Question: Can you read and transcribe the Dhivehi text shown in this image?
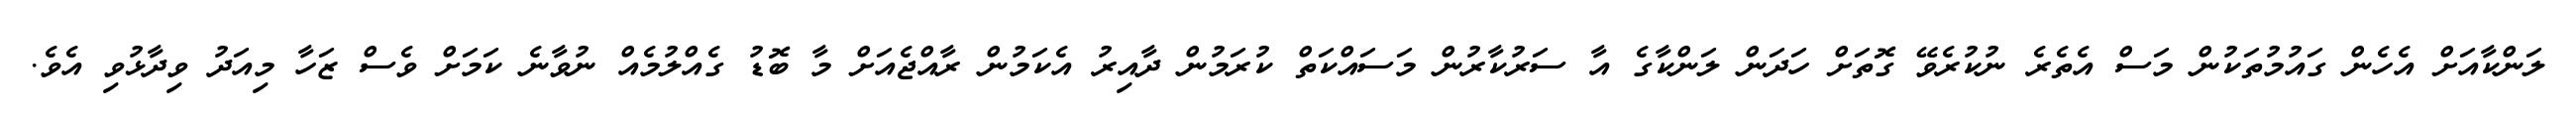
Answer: ލަންކާއަށް އެހެން ގައުމުތަކުން މަސް އެތެރެ ނުކުރެވޭ ގޮތަށް ހަދަން ލަންކާގެ އާ ސަރުކާރުން މަސައްކަތް ކުރަމުން ދާއިރު އެކަމުން ރާއްޖެއަށް މާ ބޮޑު ގެއްލުމެއް ނުވާނެ ކަމަށް ވެސް ޒަހާ މިއަދު ވިދާޅުވި އެވެ.